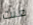
منت